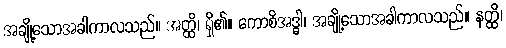
အချို့သောအခါကာလသည်။ အတ္ထိ၊ ရှိ၏။ ကောစိအဒ္ဓါ၊ အချို့သောအခါကာလသည်။ နတ္ထိ၊